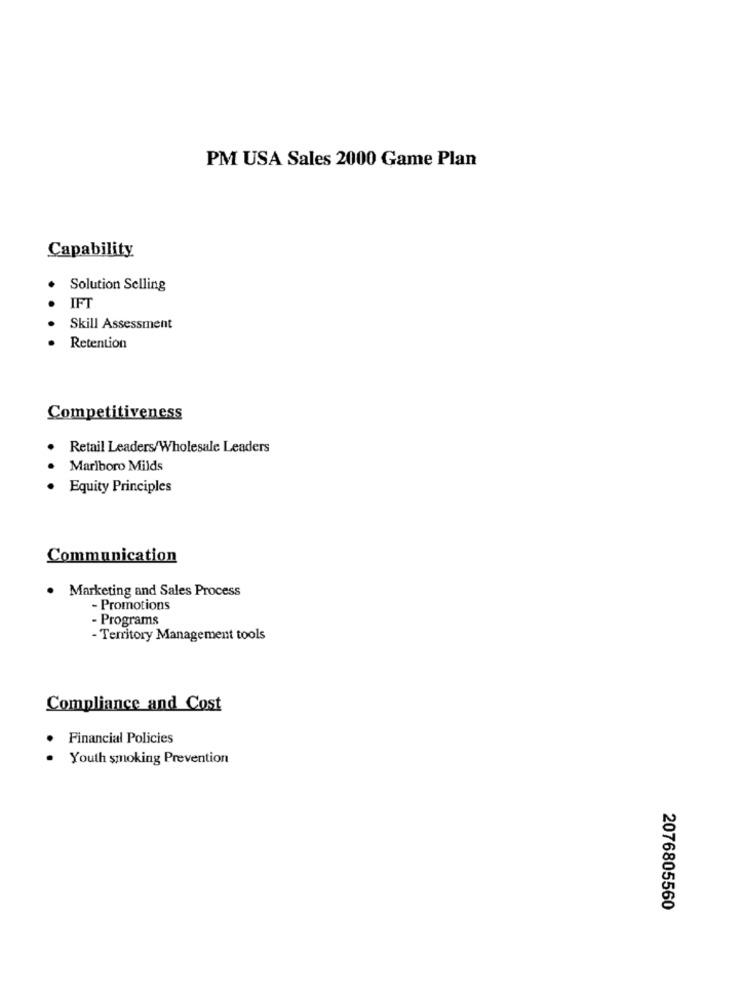
PM USA Sales 2000 Game Plan
Capability
Solution Selling
IFT
Skill Assessment
Retention
Competitiveness
Retail Leaders/Wholesale Leaders
Marlboro Milds
Equity Principles
Communication
Marketing and Sales Process
- Promotions
- Programs
- Territory Management tools
Compliance and Cost
Financial Policies
Youth smoking Prevention
2076805560